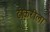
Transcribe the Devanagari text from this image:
ढोकरीला